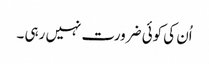
اُن کی کوئی ضرورت نہیں رہی ۔